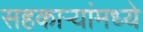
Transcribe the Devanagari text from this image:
सहकाऱ्यांमध्ये